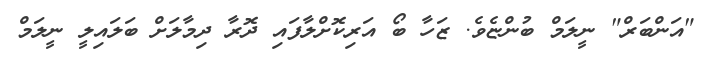
"އަންބަރް" ނީލަމް ބުންޏެވެ. ޒަހާ ބޯ އަރިކޮށްލާފައި ދޮރާ ދިމާލަށް ބަލައިލީ ނީލަމް